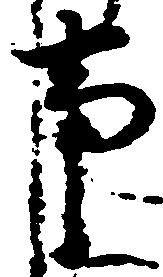
事